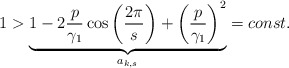
\begin{align*}1>\underbrace{1-2\frac{p}{\gamma_1} \cos \left( \frac{2 \pi}{s} \right)+\left( \frac{p}{\gamma_1} \right)^2}_{a_{k,s}}=const.\end{align*}